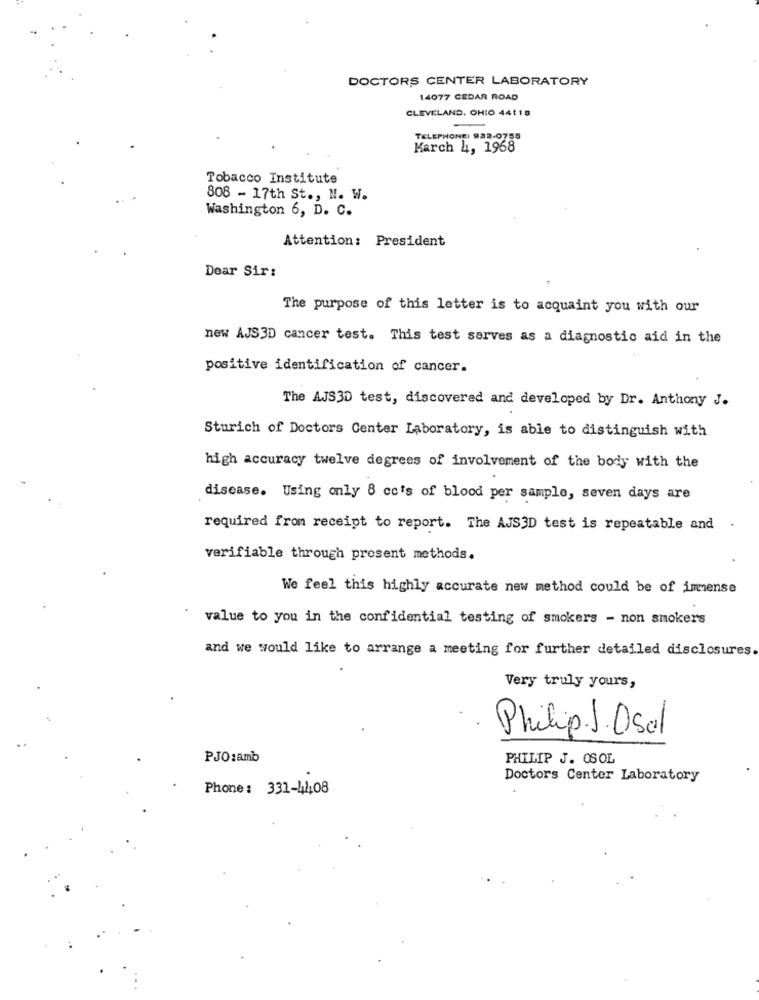
DOCTORS CENTER LABORATORY
14077 CEDAR ROAD
CLEVELAND, OHIO 44118
TELEPHONE: 932-0758
March 4, 1968
Tobacco Institute
808 - 17th St ., N. W.
Washington 6, D. C.
Attention: President
Dear Sir:
The purpose of this letter is to acquaint you with our
new AJS3D cancer test. This test serves as a diagnostic aid in the
positive identification of cancer.
The AJS30 test, discovered and developed by Dr. Anthony J.
Sturich of Doctors Center Laboratory, is able to distinguish with
high accuracy twelve degrees of involvement of the body with the
disease. Using only 8 cc's of blood per sample, seven days are
required from receipt to report. The AJS3D test is repeatable and
verifiable through prosent methods.
We feel this highly accurate new method could be of immense
value to you in the confidential testing of smokers - non smokers
and we would like to arrange a meeting for further detailed disclosures.
Very truly yours,
Philip. J. Osal
PJO:amb
PHILIP J. OSOL
Doctors Center Laboratory
Phone : 331-4208